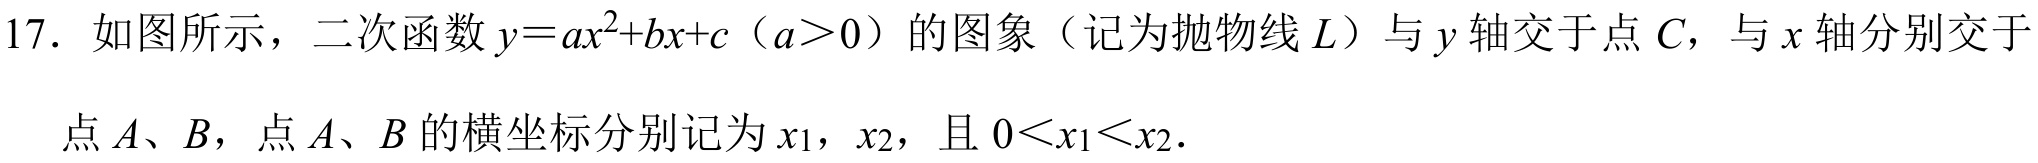
17. 如图所示，二次函数\(y = ax^{2}+bx + c\)（\(a>0\)）的图象（记为抛物线\(L\)）与\(y\)轴交于点\(C\)，与\(x\)轴分别交于
点\(A、B\)，点\(A、B\)的横坐标分别记为\(x_{1}\)，\(x_{2}\)，且\(0<x_{1}<x_{2}\)．